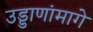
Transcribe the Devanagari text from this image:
उड्डाणांमागे